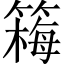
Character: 𫂚